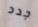
جدد